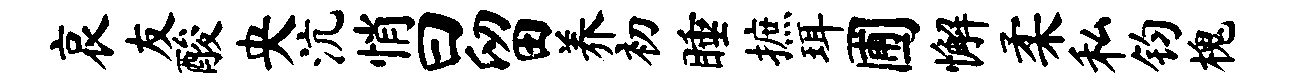
哀友酸央沆悄曰留养初睡摭珥圃懈柔私钧槐